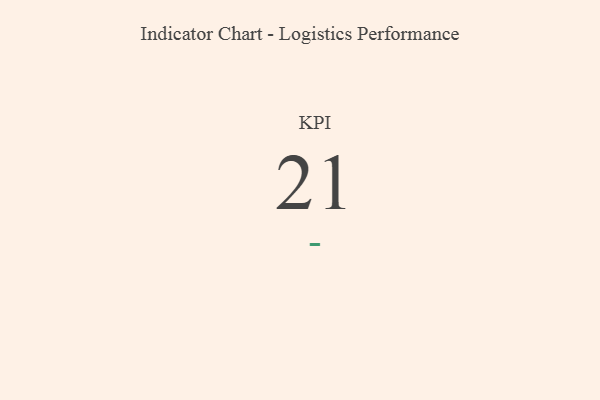
{"axis": {"x": "KPI", "y": "Value"}, "legend": [""], "data": [{"x": "KPI", "y": 21, "type": ""}]}